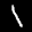
Label: 1